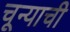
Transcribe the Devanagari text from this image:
चून्याची